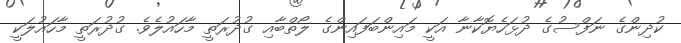
ކުދިންގެ ނަފްސުގެ ދުޅަހެޔޮކާނާ އަކީ މައިންބަފައިންގެ ލޯތްބާއި ގުދުރަތީ މާހައުލެވެ. ގުދުރަތީ މާހައުލަކީ